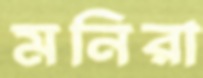
মনিরা